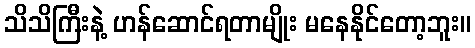
သိသိကြီးနဲ့ ဟန်ဆောင်ရတာမျိုး မနေနိုင်တော့ဘူး။